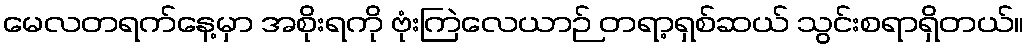
မေလတရက်နေ့မှာ အစိုးရကို ဗုံးကြဲလေယာဉ် တရာ့ရှစ်ဆယ် သွင်းစရာရှိတယ်။